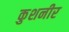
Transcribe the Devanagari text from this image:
कुशनीर